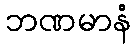
ဘဏမာနံ